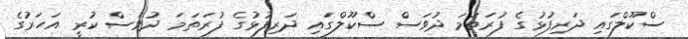
ސްކޫލްގައި ދަރިފުޅުގެ ފުރަތަމަ ދުވަސް ސްކޫލްގައި ދަރިފުޅުގެ ފުރަތަމަ ދުވަސް ކުރީ އަހަރުގެ